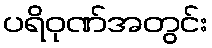
ပရိဝုဏ်အတွင်း